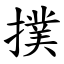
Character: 撲